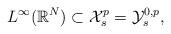
LaTeX: \begin{align*}L^\infty(\mathbb{R}^N)\subset \mathcal{X}^p_s=\mathcal{Y}^{0,p}_s,\end{align*}